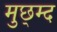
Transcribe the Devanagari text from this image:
मुछ्म्द